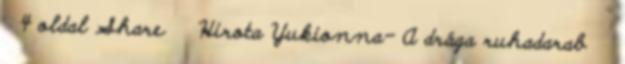
4 oldal Share Hirota Yukionna- A drága ruhadarab